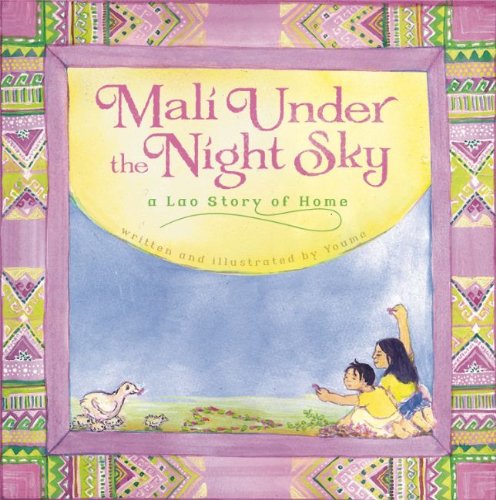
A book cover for Mali Under the Night Sky: A Lao Story of Home; Children's Books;